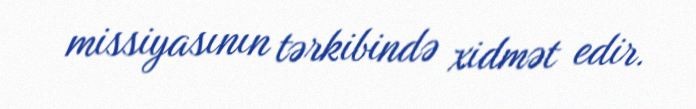
missiyasının tərkibində xidmət edir.